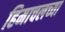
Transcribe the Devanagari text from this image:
हिमाचलच्या